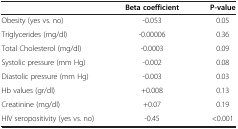
<table><thead><tr><td><b> </b></td><td><b>Beta coefficient</b></td><td><b>P-value</b></td></tr></thead><tbody><tr><td>Obesity (yes vs. no)</td><td>-0.053</td><td>0.05</td></tr><tr><td>Triglycerides (mg/dl)</td><td>-0.00006</td><td>0.36</td></tr><tr><td>Total Cholesterol (mg/dl)</td><td>-0.0003</td><td>0.09</td></tr><tr><td>Systolic pressure (mm Hg)</td><td>-0.002</td><td>0.08</td></tr><tr><td>Diastolic pressure (mm Hg)</td><td>-0.003</td><td>0.03</td></tr><tr><td>Hb values (gr/dl)</td><td>+0.008</td><td>0.13</td></tr><tr><td>Creatinine (mg/dl)</td><td>+0.07</td><td>0.19</td></tr><tr><td>HIV seropositivity (yes vs. no)</td><td>-0.45</td><td>&lt;0.001</td></tr></tbody></table>